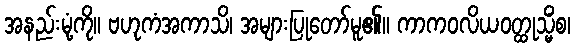
အနည်းမုံ့ကို။ ဗဟုကံအကာသိ၊ အများပြုတော်မူ၏။ ကာကဝလိယဝတ္ထုသ္မိံစ၊